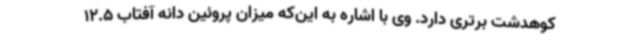
کوهدشت برتری دارد. وی با اشاره به این‌که میزان پروئین دانه آفتاب 12.5